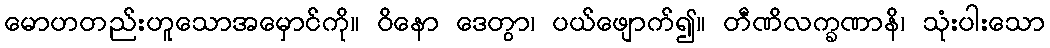
မောဟတည်းဟူသောအမှောင်ကို။ ဝိနော ဒေတွာ၊ ပယ်ဖျောက်၍။ တီဏိလက္ခဏာနိ၊ သုံးပါးသော